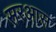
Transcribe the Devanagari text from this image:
सरआस